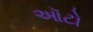
ઑટો